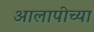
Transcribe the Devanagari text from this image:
आलापीच्या